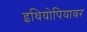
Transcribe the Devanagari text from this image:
इथियोपियावर